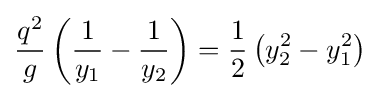
{\frac {q^{2}}{g}}\left({\frac {1}{y_{1}}}-{\frac {1}{y_{2}}}\right)={\frac {1}{2}}\left(y_{2}^{2}-y_{1}^{2}\right)